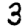
Digit: 3